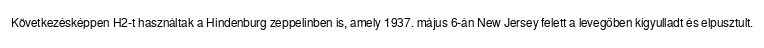
Következésképpen H2-t használtak a Hindenburg zeppelinben is, amely 1937. május 6-án New Jersey felett a levegőben kigyulladt és elpusztult.